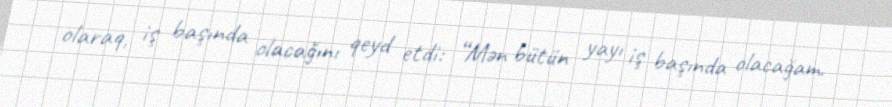
olaraq, iş başında olacağını qeyd etdi: “Mən bütün yayı iş başında olacağam.